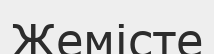
Жемісте